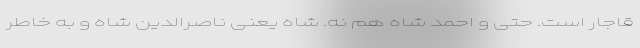
قاجار است. حتی و احمد شاه هم نه. شاه یعنی ناصرالدین شاه و به خاطر